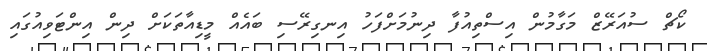
ކޯޗް ސުއަރޭޒް މަގާމުން އިސްތިއުފާ ދިނުމަށްފަހު އިނގިރޭސި ބައެއް މީޑިއާތަކަށް ދިން އިންޓަވިއުގައި